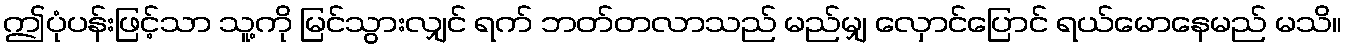
ဤပုံပန်းဖြင့်သာ သူ့ကို မြင်သွားလျှင် ရက် ဘတ်တလာသည် မည်မျှ လှောင်ပြောင် ရယ်မောနေမည် မသိ။